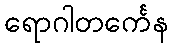
ရောဂါတင်္ကေန